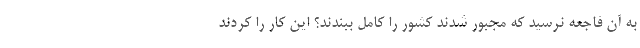
به آن فاجعه نرسید که مجبور شدند کشور را کامل ببندند؟ این کار را کردند